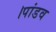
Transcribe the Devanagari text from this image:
।पांडव